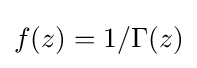
f(z)=1/\Gamma (z)